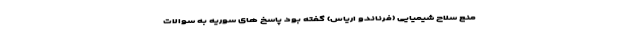
منع سلاح شیمیایی (فرناندو اریاس) گفته بود پاسخ های سوریه به سوالات